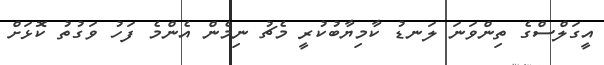
އީގަލްސްގެ ތިންވަނަ ލަނޑު ކާމިޔާބުކުރީ މެޗު ނިމެން އެންމެ ފަހު ވަގުތު ކޮޅަށް